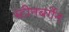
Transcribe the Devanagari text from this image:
स्टीनबर्गेन